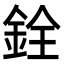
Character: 銓